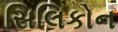
સિલિકોન